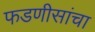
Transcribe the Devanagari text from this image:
फडणीसांचा